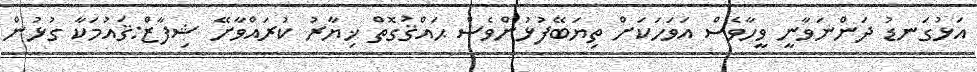
އަޅުގަނޑު ދަންނަވާނީ ވީހާވެސް އަވަހަކަށް ތިޔަބޭފުޅުންވެސް ޙައްޤުގޮތް ޚިޔާރު ކުރައްވާށޭ ޝިފާޒް:ޤައުމަކާ ގުޅުން